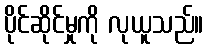
ပိုင်ဆိုင်မှုကို လုယူသည်။